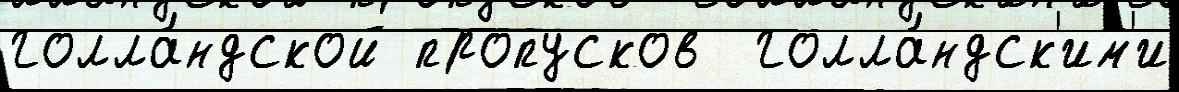
голла́ндской пропусков  голла́ндск'им'и